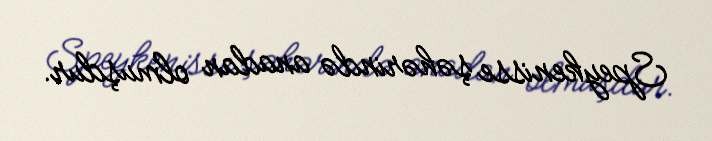
Speykenisse şəhərində anadan olmuşdur.